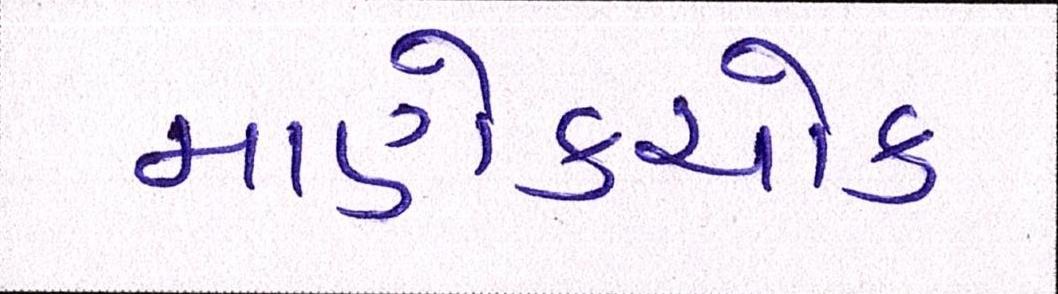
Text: માણેકચોક